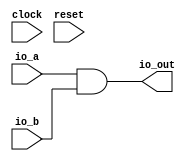
module Printf(
  input        clock,
  input        reset,
  input  [1:0] io_a,
  input  [1:0] io_b,
  output [1:0] io_out
);
  assign io_out = io_a & io_b; // @[Printf.scala 13:20]
  always @(posedge clock) begin
    `ifndef SYNTHESIS
    `ifdef PRINTF_COND
      if (`PRINTF_COND) begin
    `endif
        if (~reset) begin
          $fwrite(32'h80000002,"dut: %d %d %d\n",io_a,io_b,io_out); // @[Printf.scala 14:12]
        end
    `ifdef PRINTF_COND
      end
    `endif
    `endif // SYNTHESIS
  end
endmodule